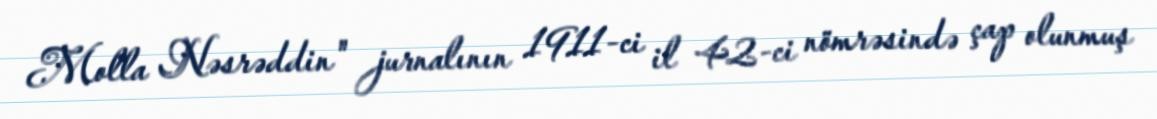
Molla Nəsrəddin" jurnalının 1911-ci il 42-ci nömrəsində çap olunmuş